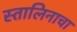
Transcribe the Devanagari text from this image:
स्तालिनाचा